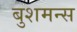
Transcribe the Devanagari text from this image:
बुशमन्स